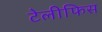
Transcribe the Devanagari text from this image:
टेलीफिस